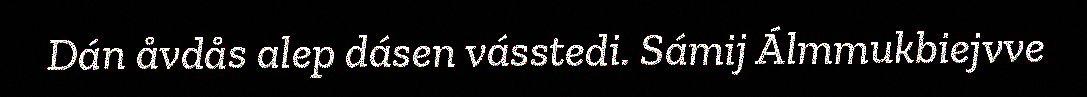
Dán åvdås alep dásen vásstedi. Sámij Álmmukbiejvve